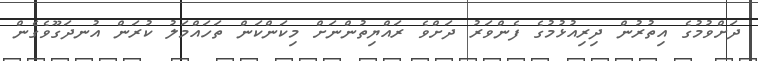
ދަށްވުމުގެ އިތުރުން ދިރިއުޅުމުގެ ފެންވަރު ދަށްވެ ރައްޔިތުންނަށް މިކަންކަން ތަހައްމަލު ކުރަން އުނދަގޫވެގެން